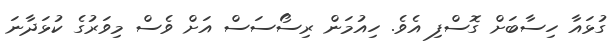
ގުޅައާ ހިސާބަށް ގޮސްފި އެވެ. ހިއުމަން ރިސޯސަސް އަށް ވެސް މިވަރުގެ ކުޅަދާނަ